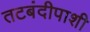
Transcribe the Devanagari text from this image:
तटबंदीपाशी